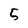
Character: 5